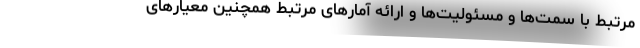
مرتبط با سمت‌ها و مسئولیت‌ها و ارائه آمارهای مرتبط همچنین معیارهای